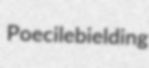
Poecile bielding